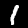
Label: 1